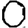
Digit: 0